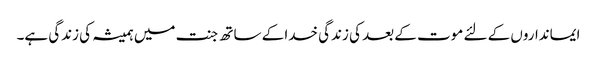
ایمانداروں کے لئے موت کے بعد کی زندگی خدا کے ساتھ جنت میں ہمیشہ کی زندگی ہے۔